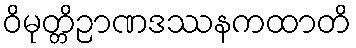
ဝိမုတ္တိဉာဏဒဿနကထာတိ